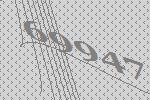
69947